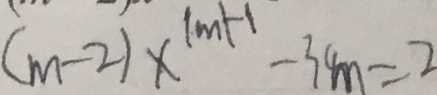
( m - 2 ) x ^ { \vert m \vert - 1 } - 3 4 m = 2